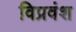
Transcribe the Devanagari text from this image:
विप्रवंश